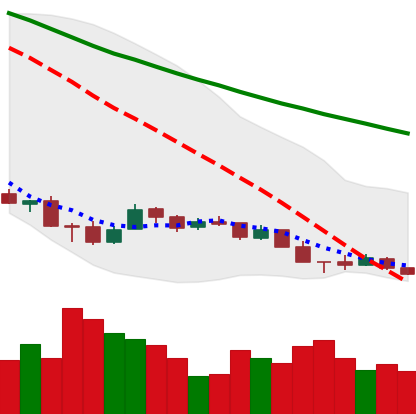
Ticker: XMR-USD
Chart end date: 2018-12-11
Forward return: -7.949%
Label: down_7plus